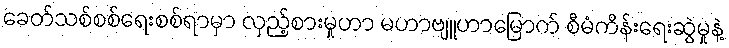
ခေတ်သစ်စစ်ရေးစစ်ရာမှာ လှည့်စားမှုဟာ မဟာဗျူဟာမြောက် စီမံကိန်းရေးဆွဲမှုနဲ့